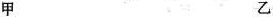
甲 乙